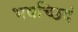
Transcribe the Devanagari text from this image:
भवच्छिदं